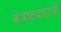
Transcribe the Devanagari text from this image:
कंत्राटदारांनी